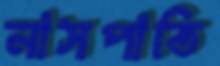
নাসপাতি